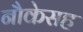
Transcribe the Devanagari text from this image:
नौकेसह